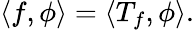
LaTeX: \langle f,\phi\rangle=\langle T_{f},\phi\rangle.